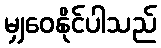
မျှဝေနိုင်ပါသည်